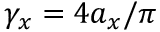
\gamma _ { x } = 4 a _ { x } / \pi